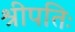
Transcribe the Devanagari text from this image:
श्रीपतिः